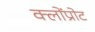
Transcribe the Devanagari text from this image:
क्लोंप्रोट